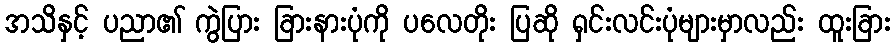
အသိနှင့် ပညာ၏ ကွဲပြား ခြားနားပုံကို ပလေတိုး ပြဆို ရှင်းလင်းပုံများမှာလည်း ထူးခြား